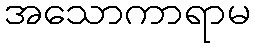
အသောကာရာမ